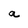
Character: a